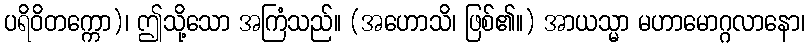
ပရိဝိတက္ကော)၊ ဤသို့သော အကြံသည်။ (အဟောသိ၊ ဖြစ်၏။) အာယသ္မာ မဟာမောဂ္ဂလာနော၊